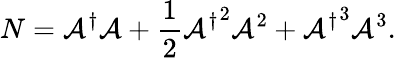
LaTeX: N=\mathcal{A}^{\dagger}\mathcal{A}+\frac{{1}}{{2}}{\mathcal{A}^{\dagger}}^{2}\mathcal{A}^{2}+{\mathcal{A}^{\dagger}}^{3}\mathcal{A}^{3}.